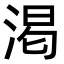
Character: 渇